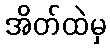
အိတ်ထဲမှ